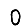
Digit: 0